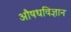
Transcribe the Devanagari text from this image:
औषधविज्ञान